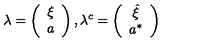
\lambda = \left( \begin{array} { c } { \xi } \\ { a } \\ \end{array} \right) , \lambda ^ { c } = \left( \begin{array} { c } { \hat { \xi } } \\ { a ^ { * } } \\ \end{array} \right)